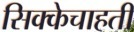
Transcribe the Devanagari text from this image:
सिक्केचाहती